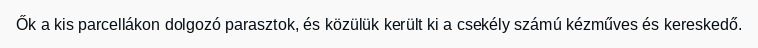
Ők a kis parcellákon dolgozó parasztok, és közülük került ki a csekély számú kézműves és kereskedő.